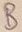
Text: B